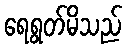
ရေရွတ်မိသည်